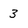
Character: 3